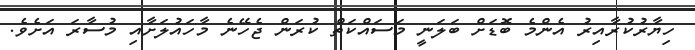
ހިޔާރުކުރާއިރު އެންމެ ބޮޑަށް ބަލަނީ މަސައްކަތް ކުރަން ޖެހޭނެ މާހައުލަށާއި މުސާރަ އަށެވެ.